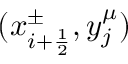
( x _ { i + \frac { 1 } { 2 } } ^ { \pm } , y _ { j } ^ { \mu } )